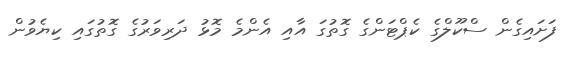
ފަށައިގެން ސްކޫލްގެ ކެޕްޓަންގެ ގޮތުގަ އާއި އެންމެ މޮޅު ދަރިވަރުގެ ގޮތުގައި ކިޔެވުން